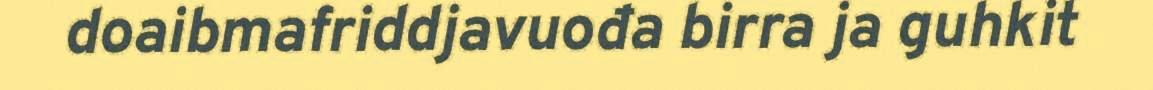
doaibmafriddjavuođa birra ja guhkit